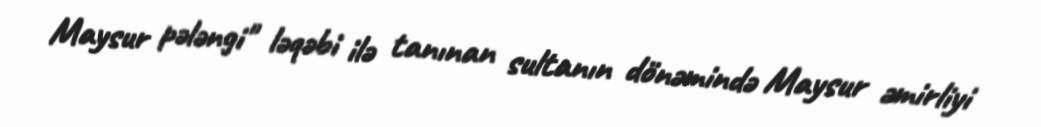
Maysur pələngi" ləqəbi ilə tanınan sultanın dönəmində Maysur əmirliyi